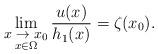
LaTeX: \begin{align*}\lim_{\stackrel{\hbox{\footnotesize $x\to x_0$}}{x\in\Omega}}\frac{u(x)}{h_1(x)} = \zeta(x_0).\end{align*}